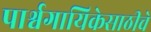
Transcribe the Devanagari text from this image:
पार्श्वगायिकेसाठीचे